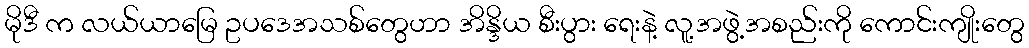
မိုဒီ က လယ်ယာမြေ ဥပဒေအသစ်တွေဟာ အိန္ဒိယ စီးပွား ရေးနဲ့ လူ့အဖွဲ့အစည်းကို ကောင်းကျိုးတွေ